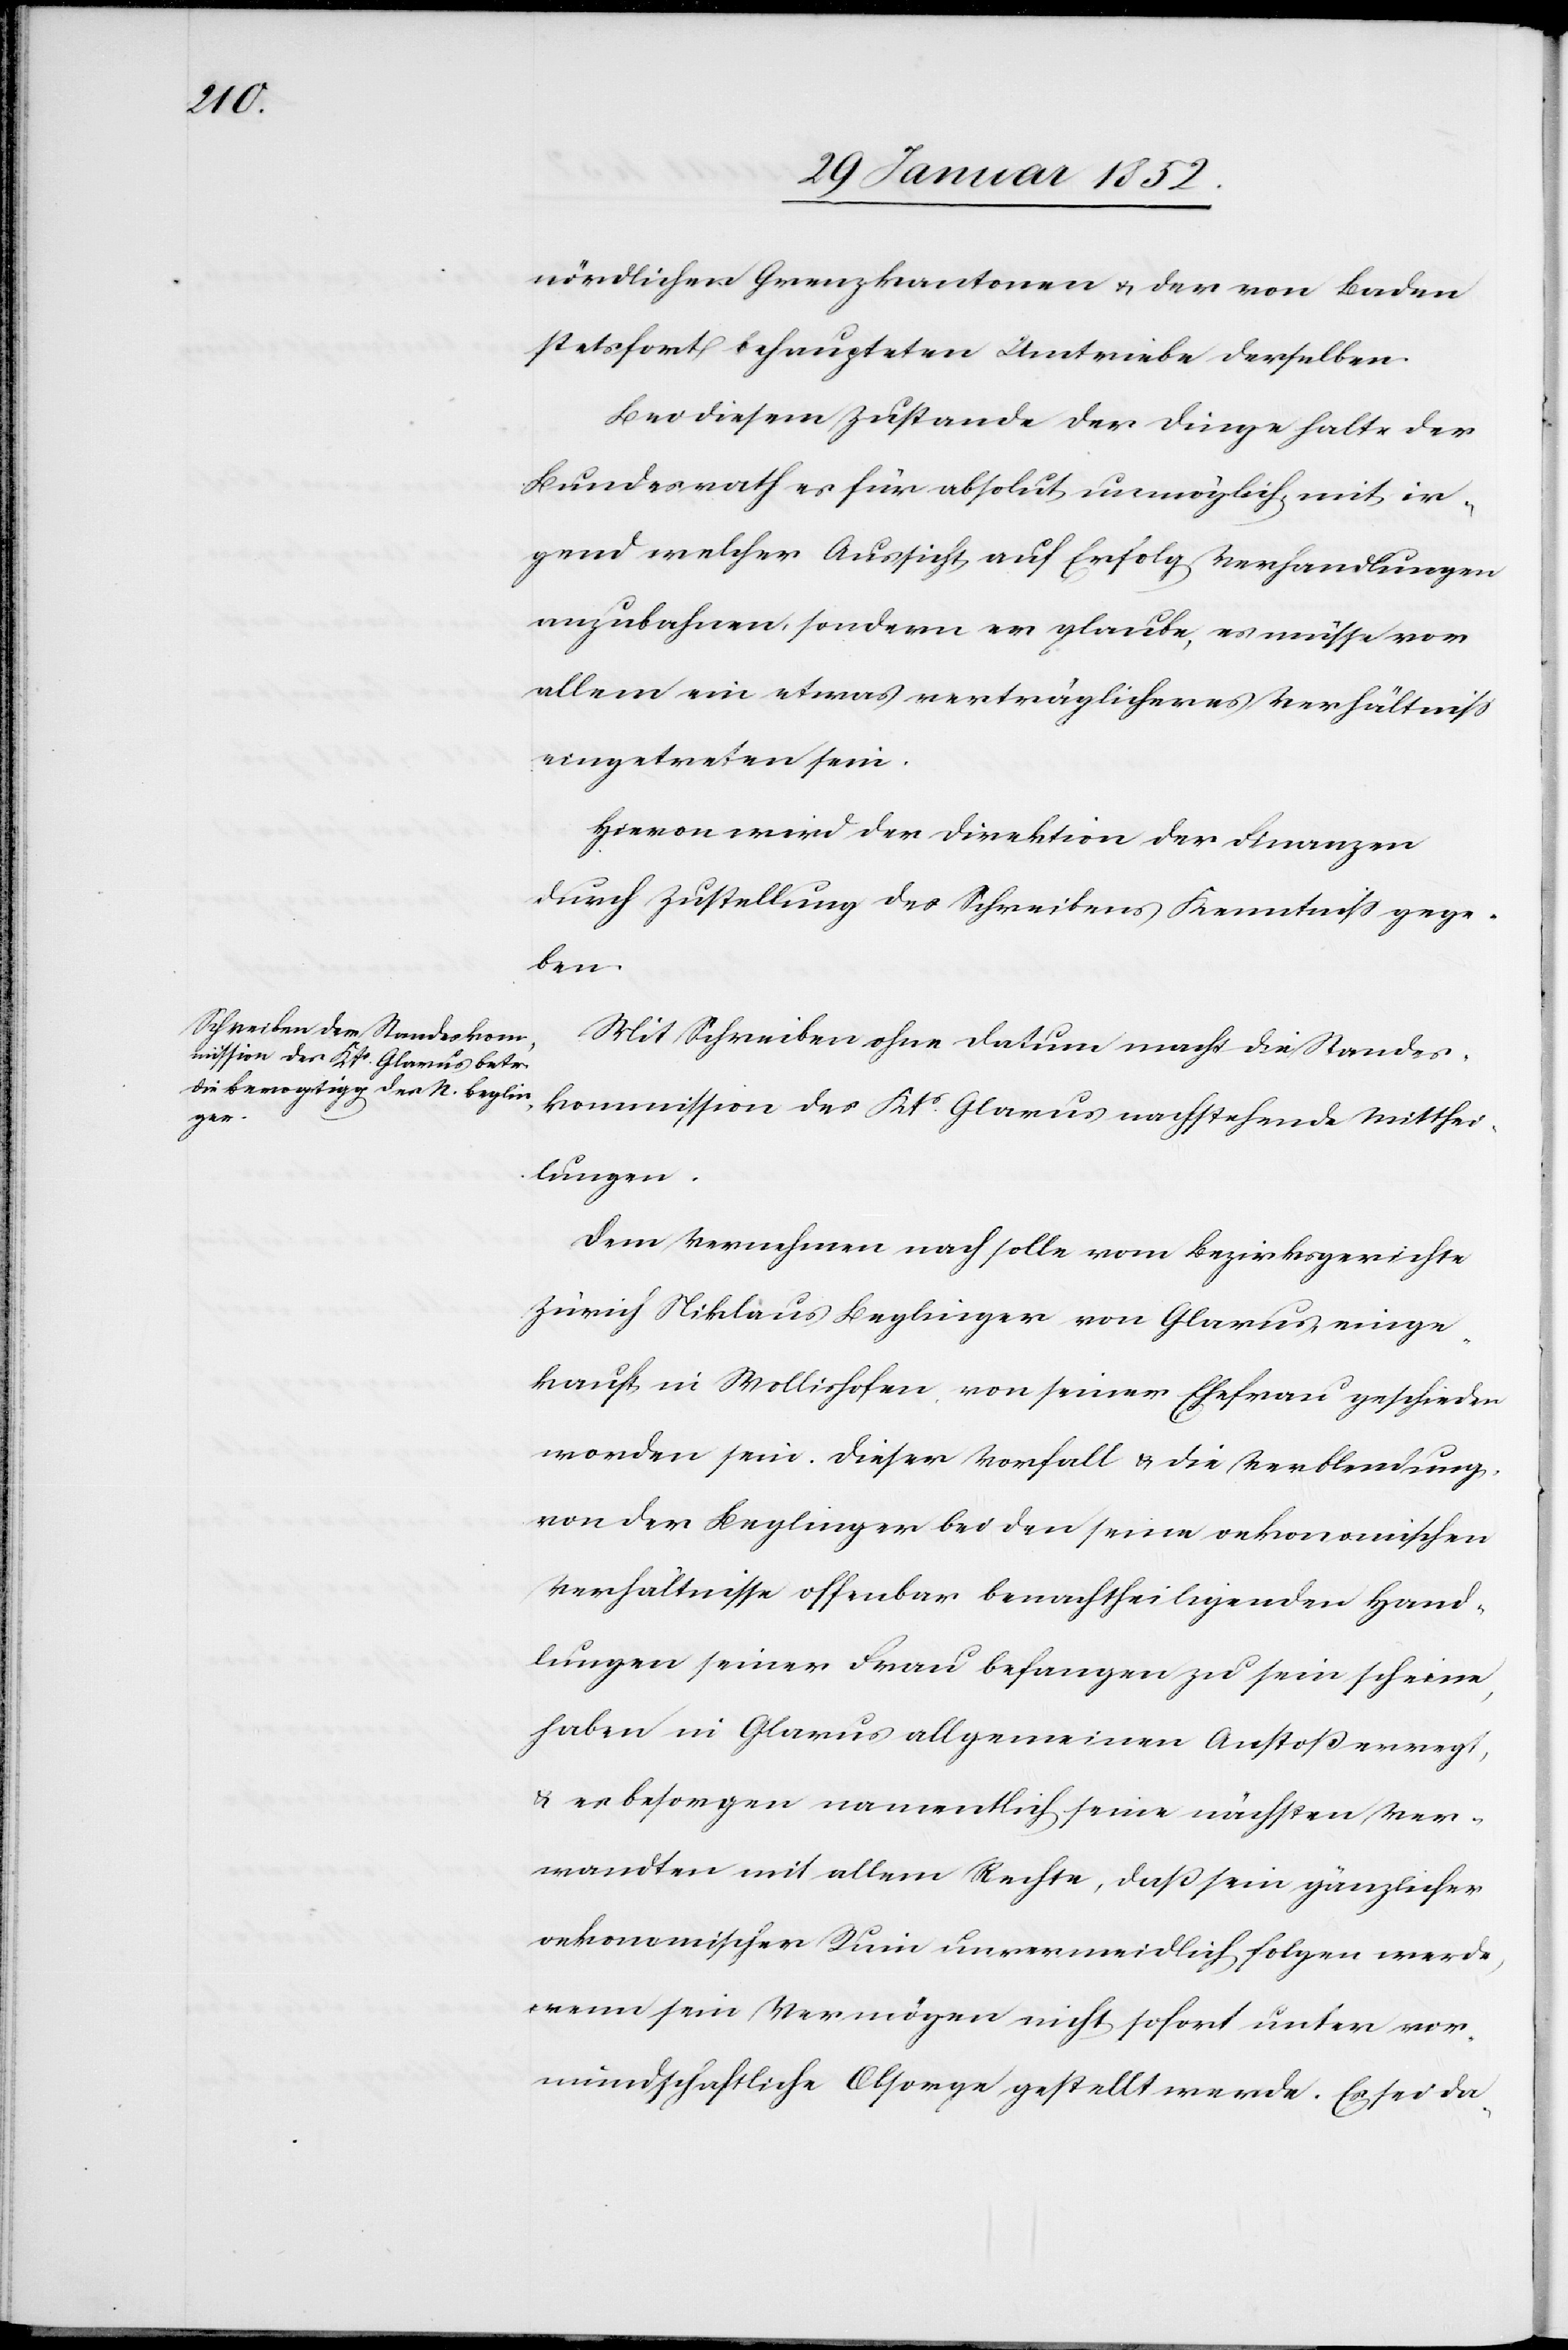
nördlichen Grenzkantonen u. der von Baden
stetsfort behaupteten Umtriebe derselben.
Bei diesem Zustande der Dinge halte der
Bundesrath es für absolut unmöglich mit ir¬
gend welcher Aussicht auf Erfolg Verhandlungen
anzubahnen, sondern er glaube, es müsse vor
allem ein etwas verträglicheres Verhältniß
eingetreten sein.
Hievon wird der Direktion der Finanzen
durch Zustellung des Schreibens Kenntniß gege¬
ben.
Mit Schreiben ohne Datum macht die Standes¬
kommission des Kts Glarus nachstehende Mitthei¬
lungen.
Dem Vernehmen nach solle vom Bezirksgerichte
Zürich Niklaus Beglinger von Glarus, einge¬
kauft in Wollishofen, von seiner Ehefrau geschieden
worden sein. Dieser Vorfall u. die Verblendung,
von der Beglinger bei den seine oekonomischen
Verhältnisse offenbar benachtheiligenden Hand¬
lungen seiner Frau befangen zu sein scheine,
haben in Glarus allgemeinen Anstoß erregt,
u. es besorgen namentlich seine nächsten Ver¬
wandten mit allem Rechte, daß sein gänzlicher
oekonomischer Ruin unvermeidlich folgen werde,
wenn sein Vermögen nicht sofort unter vor¬
mundschaftliche Obsorge gestellt werde. Es sei da-